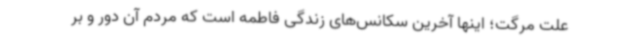
علت مرگت؛ اینها آخرین سکانس‌های زندگی فاطمه است که مردم آن دور و بر